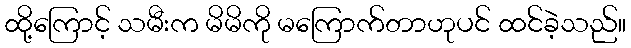
ထို့ကြောင့် သမီးက မိမိကို မကြောက်တာဟုပင် ထင်ခဲ့သည်။